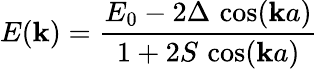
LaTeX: E(\mathbf{k})={\frac{{E_{0}-2\Delta\, \cos(\mathbf{k}a)}}{{1+2S\, \cos(\mathbf{k}a)}}}